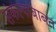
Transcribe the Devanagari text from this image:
संकल्पांबाबत